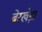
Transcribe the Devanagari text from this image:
बेरखेड़ा